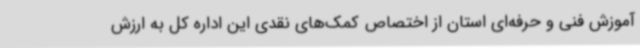
آموزش فنی و حرفه‌ای استان از اختصاص کمک‌های نقدی این اداره کل به ارزش